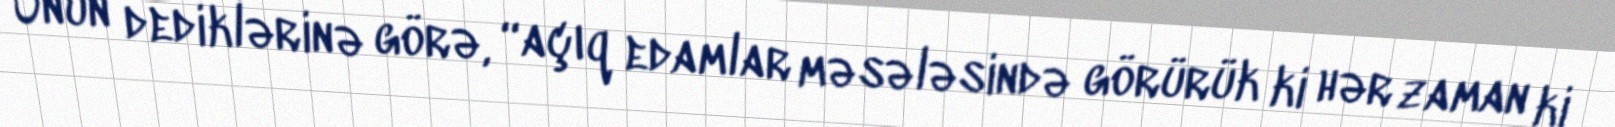
Onun dediklərinə görə, “açıq edamlar məsələsində görürük ki hər zaman ki